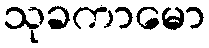
သုခကာမော